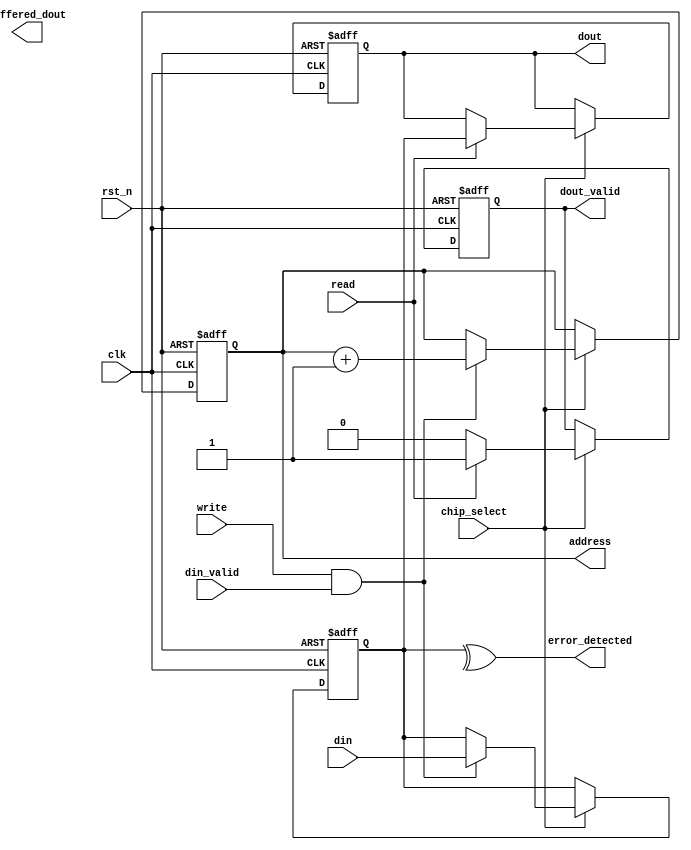
module IO_Block (
    input wire clk,                       // System clock
    input wire rst_n,                     // Active-low reset
    input wire [DATA_WIDTH-1:0] din,     // Data input
    input wire din_valid,                 // Data input valid signal
    output reg [DATA_WIDTH-1:0] dout,     // Data output
    output reg dout_valid,                // Data output valid signal
    input wire read,                      // Read control signal
    input wire write,                     // Write control signal
    input wire chip_select,               // Chip select signal
    output wire [ADDR_WIDTH-1:0] address, // Address bus output
    output wire [DATA_WIDTH-1:0] buffered_dout, // Buffered data output
    output wire error_detected            // Error detection output
);

parameter DATA_WIDTH = 64;               // Example data width
parameter ADDR_WIDTH = 32;               // Example address width

// Internal signals
reg [DATA_WIDTH-1:0] data_buffer;        // I/O buffer
reg [ADDR_WIDTH-1:0] addr_reg;           // Address register
wire error_flag;                         // Error checking signal

// Simple ECC (Error-Correcting Code) logic for demonstration
assign error_detected = ^data_buffer;    // Simple parity check for error detection

// Address decoding logic (simple example)
assign address = addr_reg;

// I/O buffer management
always @(posedge clk or negedge rst_n) begin
    if (!rst_n) begin
        dout <= 0;
        dout_valid <= 0;
        data_buffer <= 0;
        addr_reg <= 0;
    end else begin
        if (chip_select) begin
            if (write && din_valid) begin
                data_buffer <= din;        // Write data to buffer
                addr_reg <= addr_reg + 1; // Increment address for next write
            end
            
            if (read) begin
                dout <= data_buffer;       // Read data from buffer
                dout_valid <= 1;           // Set output valid signal
            end else begin
                dout_valid <= 0;           // Clear output valid signal
            end
        end
    end
end

endmodule